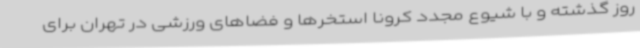
روز گذشته و با شیوع مجدد کرونا استخرها و فضاهای ورزشی در تهران برای